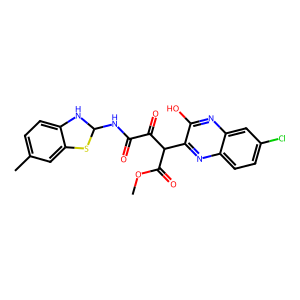
SMILES: COC(=O)C(C(=O)C(=O)NC1Nc2ccc(C)cc2S1)c1nc2ccc(Cl)cc2nc1O
Inhibits HIV replication: No